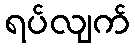
ရပ်လျက်